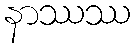
နာဿဿ